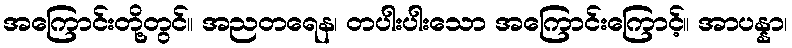
အကြောင်းတို့တွင်။ အညတရေန၊ တပါးပါးသော အကြောင်းကြောင့်။ အာပန္နာ၊